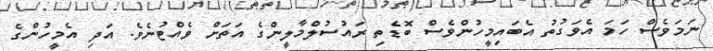
ނަމަވެސް ހަމަ އެވަގުތު އެބައިމީހުންވެސް ބޮޑެތި ރައުސުލްމާލީންގެ އަތަށް ވެއްޓުނެވެ. އަދި އެމީހުންގެ